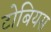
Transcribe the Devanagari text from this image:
टोबियस